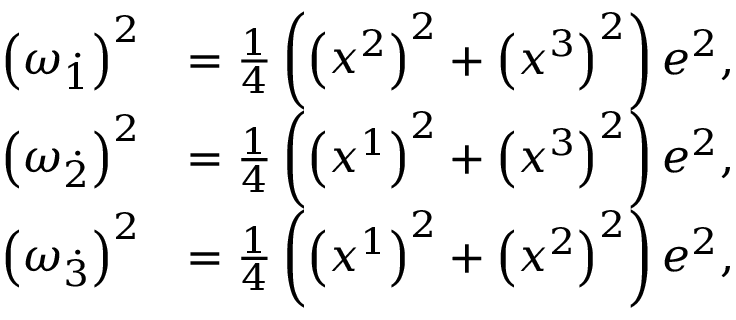
\begin{array} { r l } { \left( \omega \overset { . } { _ { 1 } } \right) ^ { 2 } } & { = \frac { 1 } { 4 } \left( \left( x ^ { 2 } \right) ^ { 2 } + \left( x ^ { 3 } \right) ^ { 2 } \right) e ^ { 2 } , } \\ { \left( \omega \overset { . } { _ { 2 } } \right) ^ { 2 } } & { = \frac { 1 } { 4 } \left( \left( x ^ { 1 } \right) ^ { 2 } + \left( x ^ { 3 } \right) ^ { 2 } \right) e ^ { 2 } , } \\ { \left( \omega \overset { . } { _ { 3 } } \right) ^ { 2 } } & { = \frac { 1 } { 4 } \left( \left( x ^ { 1 } \right) ^ { 2 } + \left( x ^ { 2 } \right) ^ { 2 } \right) e ^ { 2 } , } \end{array}